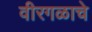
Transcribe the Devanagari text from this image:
वीरगळाचे